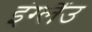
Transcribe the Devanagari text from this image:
इंग्लैंउ